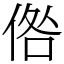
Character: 倃